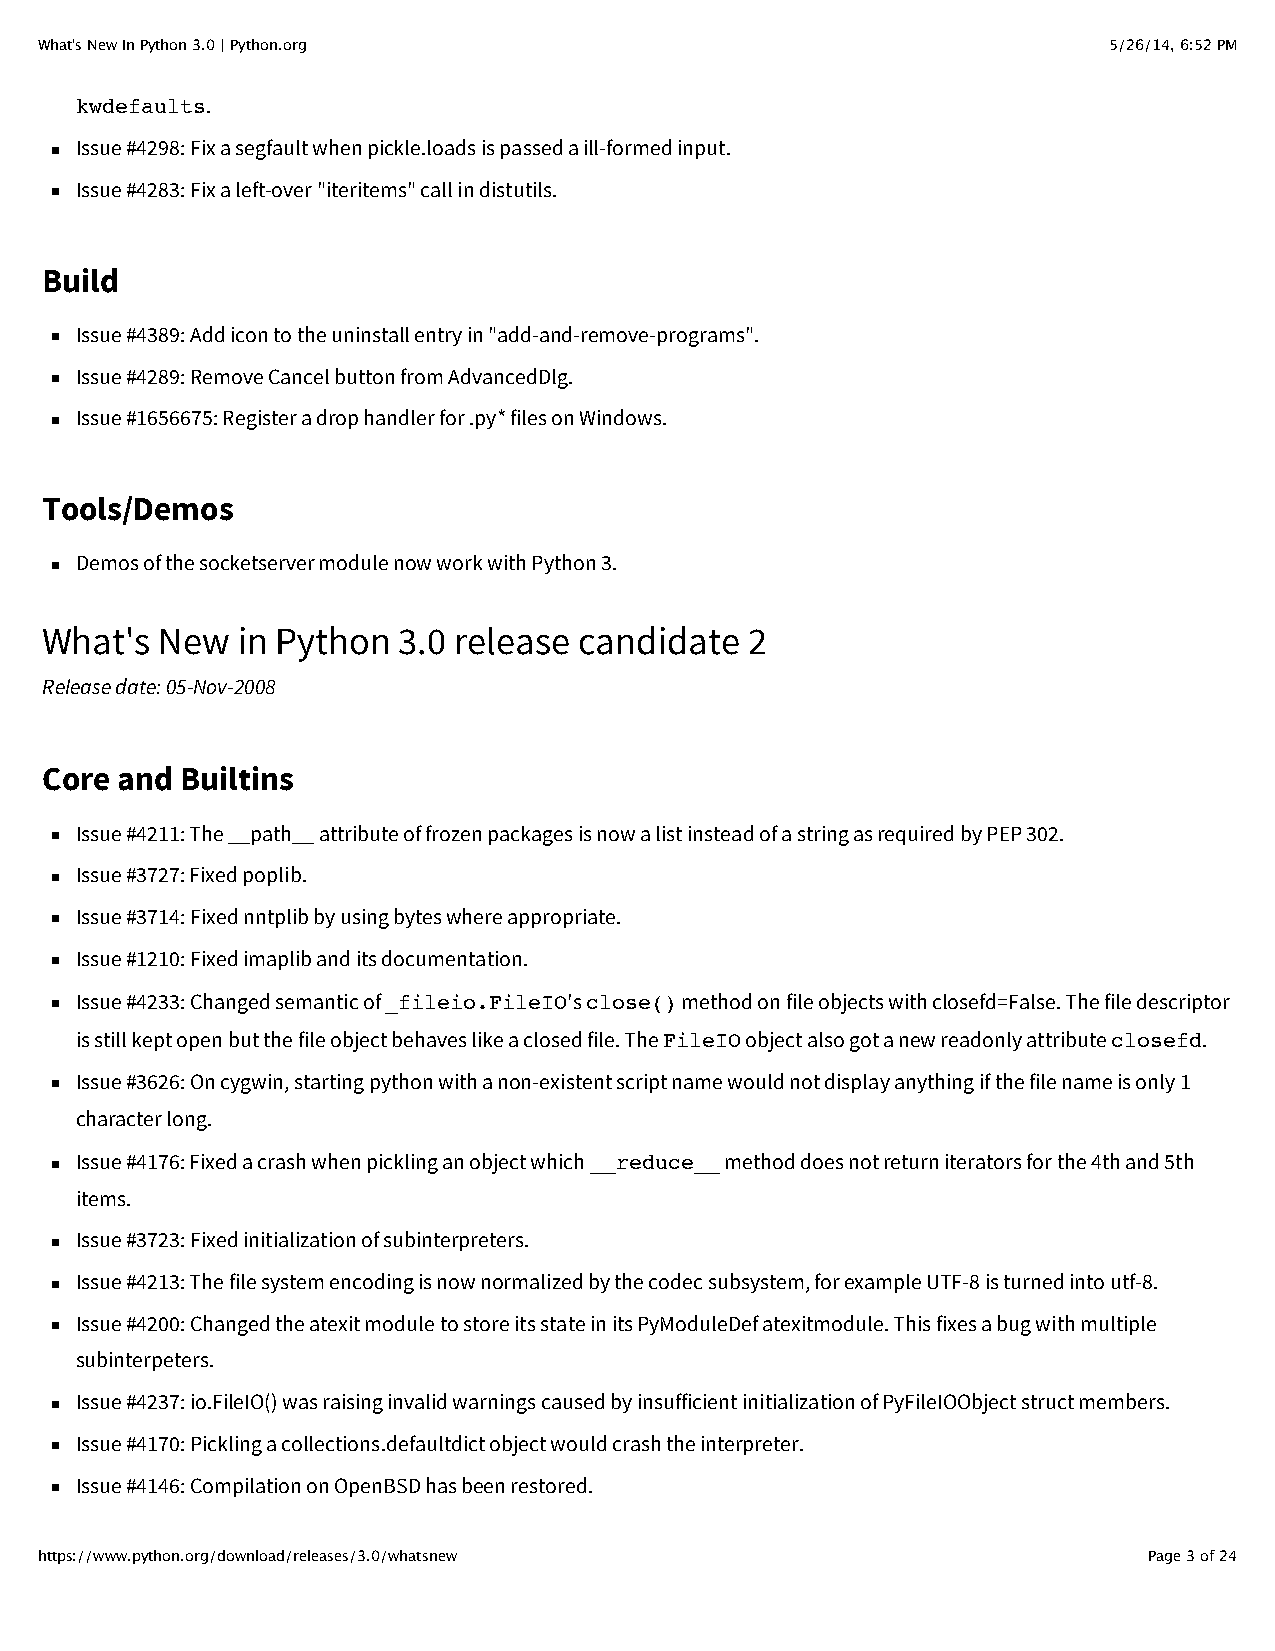
What's New In Python 3.0 | Python.org                                  5/26/14, 6:52 PM
 kwdefaults.
 Issue #4298: Fix a segfault when pickle.loads is passed a ill-formed input.
 Issue #4283: Fix a left-over "iteritems" call in distutils.
 Build
 Issue #4389: Add icon to the uninstall entry in "add-and-remove-programs".
 Issue #4289: Remove Cancel button from AdvancedDlg.
 Issue #1656675: Register a drop handler for .py* files on Windows.
 Tools/Demos
 Demos of the socketserver module now work with Python 3.
 What's  New  in Python 3.0 release candidate   2
 Release date: 05-Nov-2008
 Core and Builtins
 Issue #4211: The __path__ attribute of frozen packages is now a list instead of a string as required by PEP 302.
 Issue #3727: Fixed poplib.
 Issue #3714: Fixed nntplib by using bytes where appropriate.
 Issue #1210: Fixed imaplib and its documentation.
 Issue #4233: Changed semantic of _fileio.FileIO's close() method on file objects with closefd=False. The file descriptor
 is still kept open but the file object behaves like a closed file. The FileIO object also got a new readonly attribute closefd.
 Issue #3626: On cygwin, starting python with a non-existent script name would not display anything if the file name is only 1
 character long.
 Issue #4176: Fixed a crash when pickling an object which __reduce__ method does not return iterators for the 4th and 5th
 items.
 Issue #3723: Fixed initialization of subinterpreters.
 Issue #4213: The file system encoding is now normalized by the codec subsystem, for example UTF-8 is turned into utf-8.
 Issue #4200: Changed the atexit module to store its state in its PyModuleDef atexitmodule. This fixes a bug with multiple
 subinterpeters.
 Issue #4237: io.FileIO() was raising invalid warnings caused by insufficient initialization of PyFileIOObject struct members.
 Issue #4170: Pickling a collections.defaultdict object would crash the interpreter.
 Issue #4146: Compilation on OpenBSD has been restored.
 https://www.python.org/download/releases/3.0/whatsnew                     Page 3 of 24